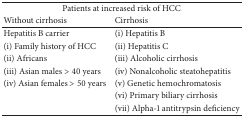
<table><thead><tr><td colspan="2"><b>Patients at increased risk of HCC</b></td></tr><tr><td><b>Without cirrhosis</b></td><td><b>Cirrhosis</b></td></tr></thead><tbody><tr><td>Hepatitis B carrier</td><td>(i) Hepatitis B</td></tr><tr><td>(i) Family history of HCC</td><td>(ii) Hepatitis C </td></tr><tr><td>(ii) Africans</td><td>(iii) Alcoholic cirrhosis</td></tr><tr><td>(iii) Asian males &gt; 40 years</td><td>(iv) Nonalcoholic steatohepatitis</td></tr><tr><td>(iv) Asian females &gt; 50 years</td><td>(v) Genetic hemochromatosis</td></tr><tr><td> </td><td>(vi) Primary biliary cirrhosis</td></tr><tr><td> </td><td>(vii) Alpha-1 antitrypsin deficiency</td></tr></tbody></table>